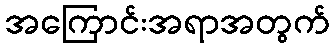
အကြောင်းအရာအတွက်